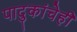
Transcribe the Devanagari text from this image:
पादुकांचेही